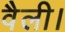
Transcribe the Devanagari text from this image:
वैली।